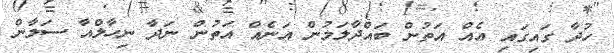
ހުދާ ގައިގައި އެއް އަތުން ބައްދާލަމުން އަނެއް އަތުން ނަދާ ނިހާލްއާ ސަލާން